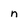
Character: n